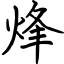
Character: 烽